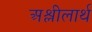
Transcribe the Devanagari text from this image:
अश्लीलार्थ